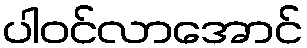
ပါဝင်လာအောင်